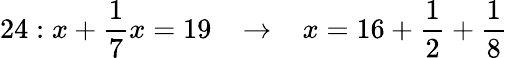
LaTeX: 24:x+{\frac{1}{7}}x=19\; \; \; \rightarrow\; \; \; x=16+{\frac{1}{2}}+{\frac{1}{8}}